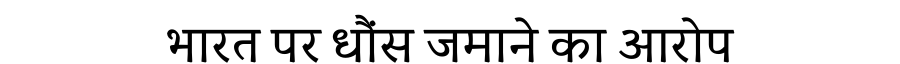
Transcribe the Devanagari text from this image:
भारत पर धौंस जमाने का आरोप